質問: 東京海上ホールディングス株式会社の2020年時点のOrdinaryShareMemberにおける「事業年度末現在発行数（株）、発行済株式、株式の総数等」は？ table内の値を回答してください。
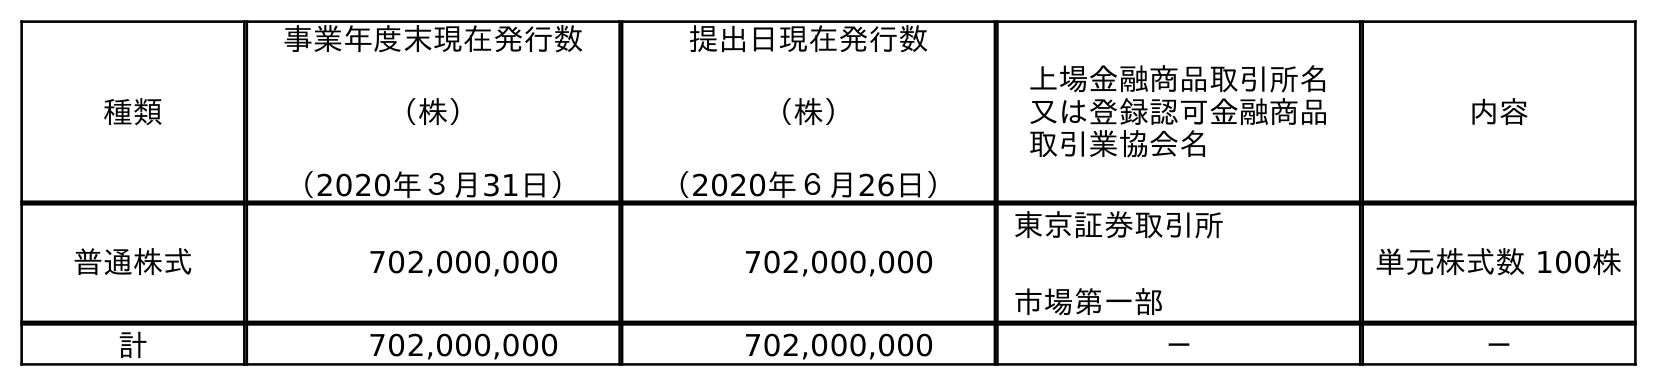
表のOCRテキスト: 種類 事業年度末現在発行数 （株） （2020年３月31日） 提出日現在発行数 （株） （2020年６月26日） 上場金融商品取引所名 又は登録認可金融商品 取引業協会名 内容 普通株式 702,000,000 702,000,000 東京証券取引所 市場第一部 単元株式数 100株 計 702,000,000 702,000,000 － －
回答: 702,000,000